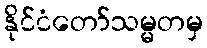
နိုင်ငံတော်သမ္မတမှ